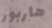
هاربور